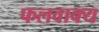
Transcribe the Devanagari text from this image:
फलवाक्य